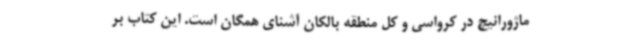
ماژورانیچ در کرواسی و کل منطقه بالکان آشنای همگان است. این کتاب بر